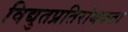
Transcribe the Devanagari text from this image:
विद्युतप्रतिरोधकता